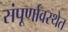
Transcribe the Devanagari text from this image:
संंपूर्णावस्थेत